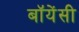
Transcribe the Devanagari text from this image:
बॉयेंसी